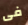
فى